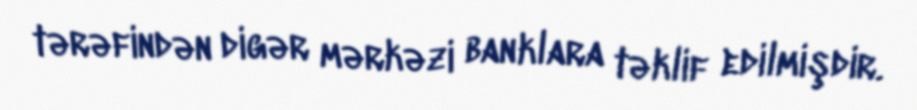
tərəfindən digər mərkəzi banklara təklif edilmişdir.